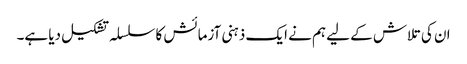
ان کی تلاش کے لیے ہم نے ایک ذہنی آزمائش کا سلسلہ تشکیل دیا ہے۔